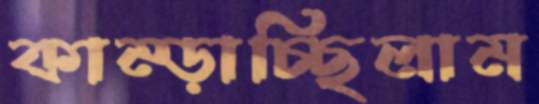
কাম্‌ড়াচ্ছিলাম